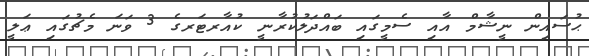
ޙުސައިން ނީޝާމް އާއި ސެމީގައި ބައްދަލުކުރާނީ ކުއާރޓަރގެ 3 ވަނަ މެޗުގައި ޢަލީ